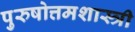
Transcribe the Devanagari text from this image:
पुरुषोत्तमशास्त्री